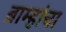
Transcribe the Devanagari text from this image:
ब्राम्हांचा